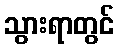
သွားရာတွင်